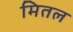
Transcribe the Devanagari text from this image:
मितल